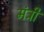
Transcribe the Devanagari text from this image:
मंत्री